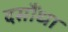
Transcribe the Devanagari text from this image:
दसौंधा